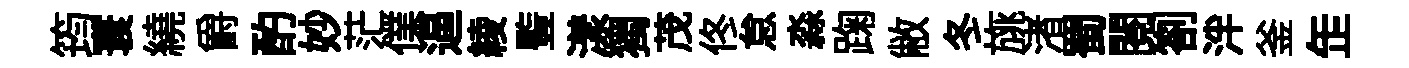
筠寰繞爵酌妙茫㒒逼綾䜿漾獨茂佟怠淼踘敝冬旐渚蜀閱劄泮釜𦈢